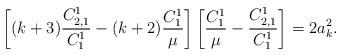
LaTeX: \begin{align*}\left[(k+3)\frac{C^1_{2,1}}{C^1_1}-(k+2)\frac{C^1_1}{\mu}\right]\left[\frac{C^1_1}{\mu}-\frac{C^1_{2,1}}{C^1_1}\right]=2a_k^2.\end{align*}